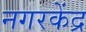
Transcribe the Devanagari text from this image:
नगरकेंद्र